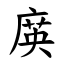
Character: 㢍